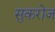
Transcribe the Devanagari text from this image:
सुकरोज